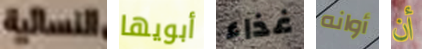
النسائية أبويها غذاء أوانه أن